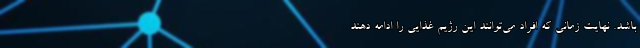
باشد. نهایت زمانی که افراد می‌توانند این رژیم غذایی را ادامه دهند